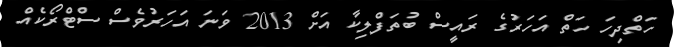
ހަތްދިހަ ހަތް އަހަރުގެ ރައީސް ބުތަފްލިކާ އަށް 2013 ވަނަ އަހަރުވެސް ސްޓްރޯކެއް